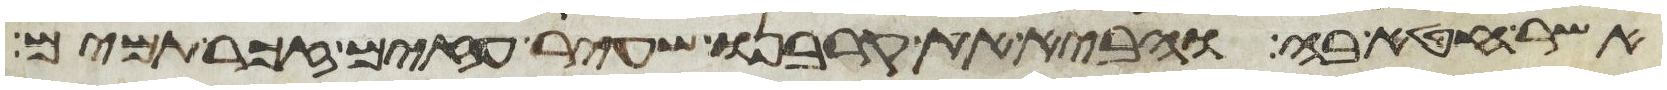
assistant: אשר חטא בה והביא את קרבנו שעיר עזים זכר תמים